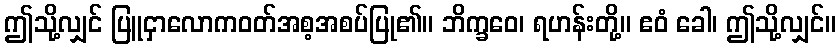
ဤသို့လျှင် ပြူငှာလောကဝတ်အစ့အစပ်ပြု၏။ ဘိက္ခဝေ၊ ရဟန်းတို့။ ဧဝံ ခေါ၊ ဤသို့လျှင်။